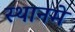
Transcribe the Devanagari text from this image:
स्थानमे